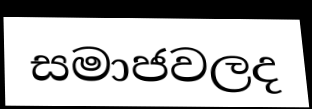
සමාජවලද